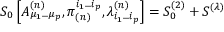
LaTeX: S _ { 0 } \left[ A _ { \mu _ { 1 } . . . \mu _ { p } } ^ { ( n ) } , \pi _ { ( n ) } ^ { i _ { 1 } . . . i _ { p } } , \lambda _ { i _ { 1 } . . . i _ { p } } ^ { ( n ) } \right] = S _ { 0 } ^ { ( 2 ) } + S ^ { ( \lambda ) }